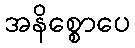
အနိစ္စောပေ